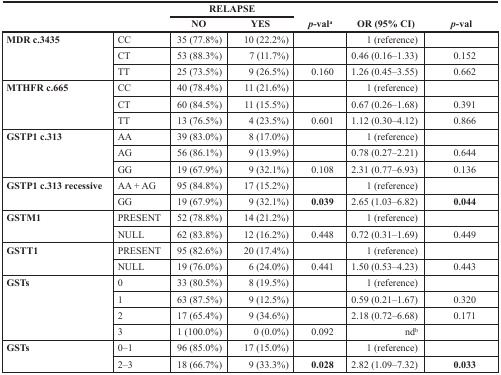
<table><thead><tr><td rowspan="2"></td><td rowspan="2"></td><td colspan="2"><b>RELAPSE</b></td><td rowspan="2"><b><i>p</i>-val<sup>a</sup></b></td><td rowspan="2"><b>OR (95% CI)</b></td><td rowspan="2"><b><i>p</i>-val</b></td></tr><tr><td><b>NO</b></td><td><b>YES</b></td></tr></thead><tbody><tr><td rowspan="3"><b>MDR c.3435</b></td><td>CC</td><td>35 (77.8%)</td><td>10 (22.2%)</td><td></td><td>1 (reference)</td><td></td></tr><tr><td>CT</td><td>53 (88.3%)</td><td>7 (11.7%)</td><td></td><td>0.46 (0.16–1.33)</td><td>0.152</td></tr><tr><td>TT</td><td>25 (73.5%)</td><td>9 (26.5%)</td><td>0.160</td><td>1.26 (0.45–3.55)</td><td>0.662</td></tr><tr><td rowspan="3"><b>MTHFR c.665</b></td><td>CC</td><td>40 (78.4%)</td><td>11 (21.6%)</td><td></td><td>1 (reference)</td><td></td></tr><tr><td>CT</td><td>60 (84.5%)</td><td>11 (15.5%)</td><td></td><td>0.67 (0.26–1.68)</td><td>0.391</td></tr><tr><td>TT</td><td>13 (76.5%)</td><td>4 (23.5%)</td><td>0.601</td><td>1.12 (0.30–4.12)</td><td>0.866</td></tr><tr><td rowspan="3"><b>GSTP1 c.313</b></td><td>AA</td><td>39 (83.0%)</td><td>8 (17.0%)</td><td></td><td>1 (reference)</td><td></td></tr><tr><td>AG</td><td>56 (86.1%)</td><td>9 (13.9%)</td><td></td><td>0.78 (0.27–2.21)</td><td>0.644</td></tr><tr><td>GG</td><td>19 (67.9%)</td><td>9 (32.1%)</td><td>0.108</td><td>2.31 (0.77–6.93)</td><td>0.136</td></tr><tr><td rowspan="2"><b>GSTP1 c.313 recessive</b></td><td>AA + AG</td><td>95 (84.8%)</td><td>17 (15.2%)</td><td></td><td>1 (reference)</td><td></td></tr><tr><td>GG</td><td>19 (67.9%)</td><td>9 (32.1%)</td><td><b>0.039</b></td><td>2.65 (1.03–6.82)</td><td><b>0.044</b></td></tr><tr><td rowspan="2"><b>GSTM1</b></td><td>PRESENT</td><td>52 (78.8%)</td><td>14 (21.2%)</td><td></td><td>1 (reference)</td><td></td></tr><tr><td>NULL</td><td>62 (83.8%)</td><td>12 (16.2%)</td><td>0.448</td><td>0.72 (0.31–1.69)</td><td>0.449</td></tr><tr><td rowspan="2"><b>GSTT1</b></td><td>PRESENT</td><td>95 (82.6%)</td><td>20 (17.4%)</td><td></td><td>1 (reference)</td><td></td></tr><tr><td>NULL</td><td>19 (76.0%)</td><td>6 (24.0%)</td><td>0.441</td><td>1.50 (0.53–4.23)</td><td>0.443</td></tr><tr><td rowspan="4"><b>GSTs</b></td><td>0</td><td>33 (80.5%)</td><td>8 (19.5%)</td><td></td><td>1 (reference)</td><td></td></tr><tr><td>1</td><td>63 (87.5%)</td><td>9 (12.5%)</td><td></td><td>0.59 (0.21–1.67)</td><td>0.320</td></tr><tr><td>2</td><td>17 (65.4%)</td><td>9 (34.6%)</td><td></td><td>2.18 (0.72–6.68)</td><td>0.171</td></tr><tr><td>3</td><td>1 (100.0%)</td><td>0 (0.0%)</td><td>0.092</td><td>nd<sup>b</sup></td><td></td></tr><tr><td rowspan="2"><b>GSTs</b></td><td>0–1</td><td>96 (85.0%)</td><td>17 (15.0%)</td><td></td><td>1 (reference)</td><td></td></tr><tr><td>2–3</td><td>18 (66.7%)</td><td>9 (33.3%)</td><td><b>0.028</b></td><td>2.82 (1.09–7.32)</td><td><b>0.033</b></td></tr></tbody></table>